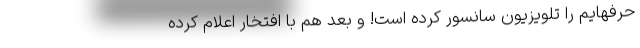
حرفهایم را تلویزیون سانسور کرده است! و بعد هم با افتخار اعلام کرده